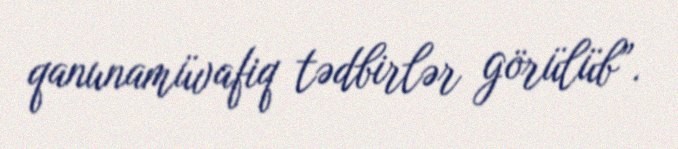
qanunamüvafiq tədbirlər görülüb”.